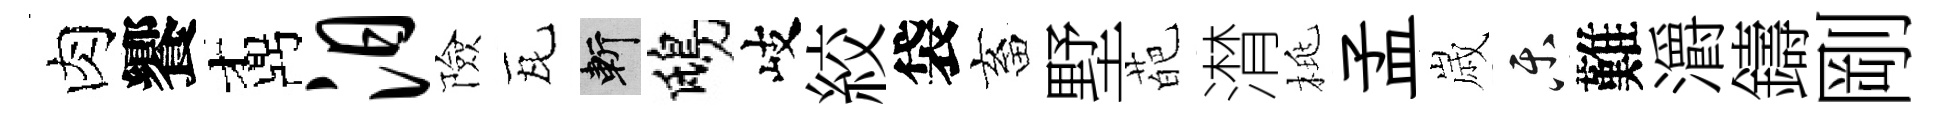
肉饗鼒汨險瓦斬鴟岐絞袋畜墅葩潸桃孟𡻕乐難灂鑄剛